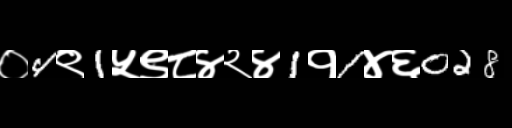
Text: ०4९1५९८४२४1१1४६028